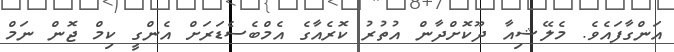
އަންގާފައެވެ. މެލޭޝިއާ ދޫކޮށްދާން އުތުރު ކޮރެއާގެ އެމްބެސެޑަރަށް އެންގީ ކިމް ޖޮން ނަމް